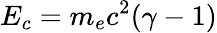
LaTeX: E_{c}=m_{e}c^{2}(\gamma-1)